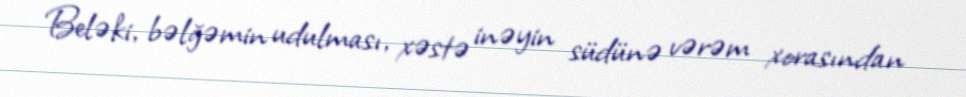
Beləki, bəlğəmin udulması, xəstə inəyin südünə vərəm xorasından